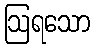
ဩရသော